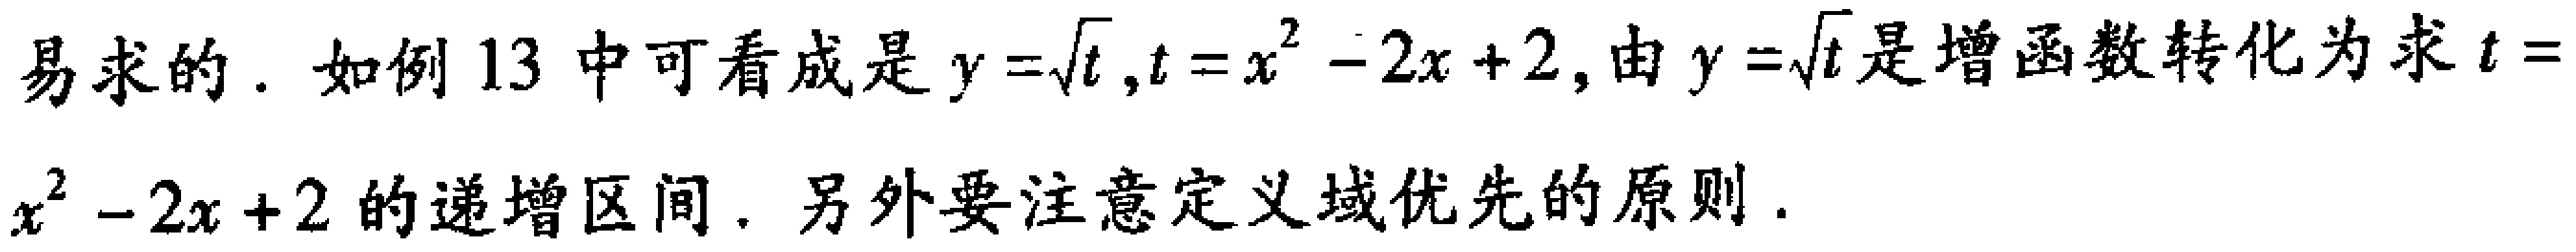
易求的. 如例 13 中可看成是 \(y = \sqrt{t},t = x^{2}-2x + 2\), 由 \(y=\sqrt{t}\) 是增函数转化为求 \(t = x^{2}-2x + 2\) 的递增区间. 另外要注意定义域优先的原则.